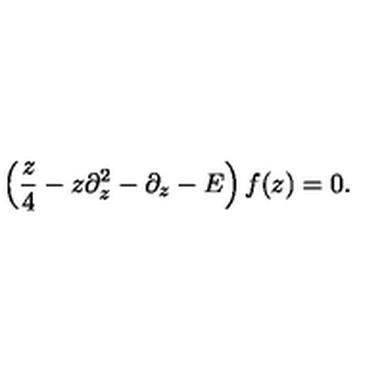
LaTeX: \left( { \frac { z } { 4 } } - z \partial _ { z } ^ { 2 } - \partial _ { z } - E \right) f ( z ) = 0 .